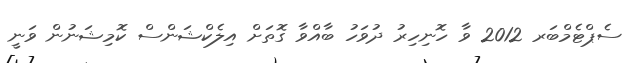
ސެޕްޓެމްބަރ 2012 ވާ ހޮނިހިރު ދުވަހު ބާއްވާ ގޮތަށް އިލެކްޝަންސް ކޮމިޝަނުން ވަނީ